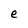
Character: e